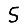
Digit: 5